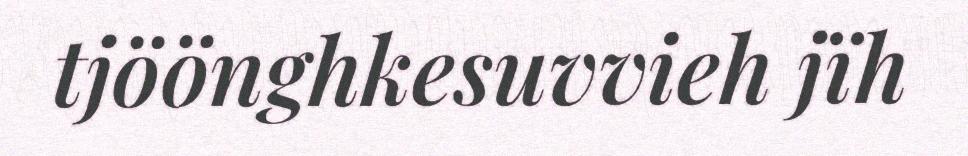
tjöönghkesuvvieh jïh